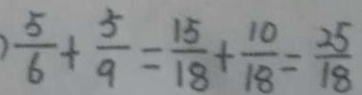
\frac { 5 } { 6 } + \frac { 5 } { 9 } = \frac { 1 5 } { 1 8 } + \frac { 1 0 } { 1 8 } = \frac { 2 5 } { 1 8 }